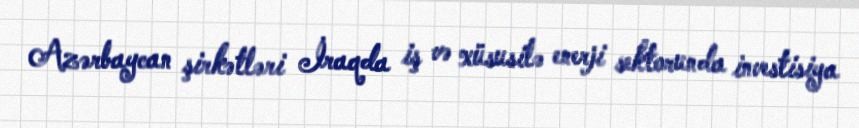
Azərbaycan şirkətləri İraqda iş və xüsusilə enerji sektorunda investisiya